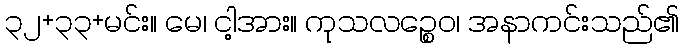
၃၂+၃၃+မင်း။ မေ၊ ငါ့အား။ ကုသလဉ္စေဝ၊ အနာကင်းသည်၏